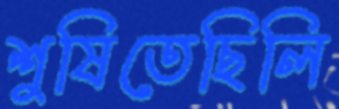
শুষিতেছিলি